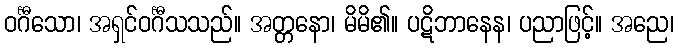
ဝင်္ဂီသော၊ အရှင်ဝင်္ဂီသသည်။ အတ္တနော၊ မိမိ၏။ ပဋိဘာနေန၊ ပညာဖြင့်။ အညေ၊